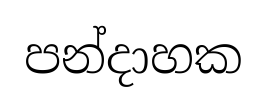
පන්දාහක